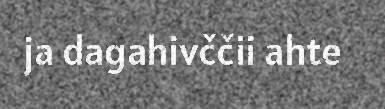
ja dagahivččii ahte